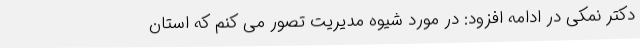
دکتر نمکی در ادامه افزود: در مورد شیوه مدیریت تصور می کنم که استان